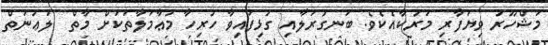
މަޝްހޫރު ވިޔަފާރި މަރުކާއެކެވެ. ބަނގުރަލާއި ގުޅިފައިވާ ހުރިހާ މުޢާމަލާތަކަށް މާތް  ލަޢުނަތް